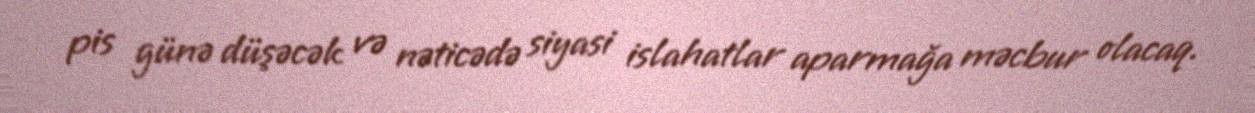
pis günə düşəcək və nəticədə siyasi islahatlar aparmağa məcbur olacaq.